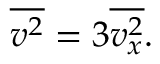
{ \overline { { v ^ { 2 } } } } = 3 { \overline { { v _ { x } ^ { 2 } } } } .